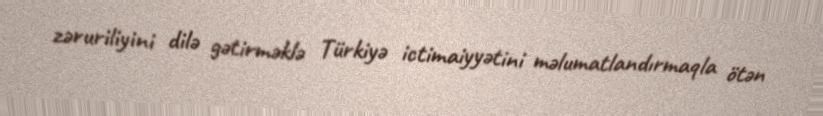
zəruriliyini dilə gətirməklə Türkiyə ictimaiyyətini məlumatlandırmaqla ötən